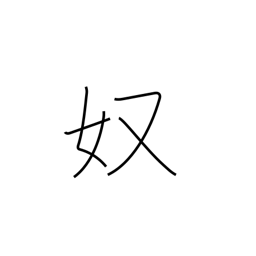
Meaning: guy